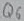
Text: Q6